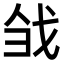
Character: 𢦳